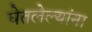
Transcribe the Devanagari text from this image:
घेतलेल्यांना